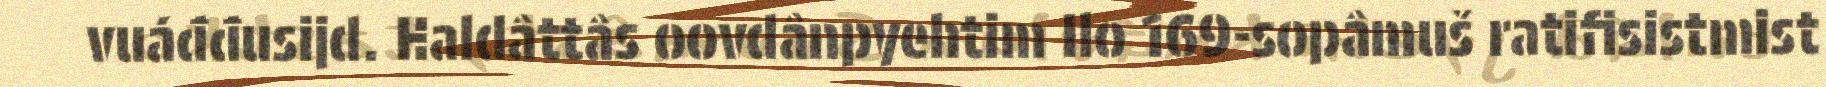
vuáđđusijd. Haldâttâs oovdânpyehtim Ilo 169-sopâmuš ratifisistmist